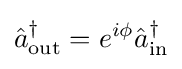
{\hat {a}}_{\text{out}}^{\dagger }=e^{i\phi }{\hat {a}}_{\text{in}}^{\dagger }